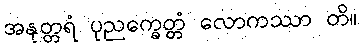
အနုတ္တရံ ပုညက္ခေတ္တံ လောကဿာ တိ။